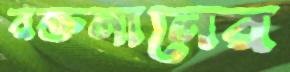
রক্তলালের